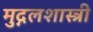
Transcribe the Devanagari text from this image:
मुद्गलशास्त्री